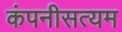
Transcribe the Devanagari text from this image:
कंपनीसत्यम